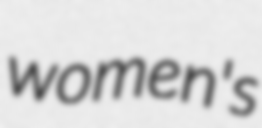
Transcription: women's